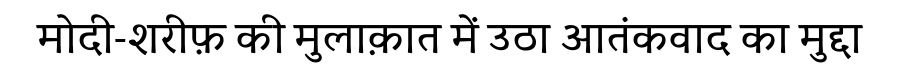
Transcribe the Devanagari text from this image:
मोदी-शरीफ़ की मुलाक़ात में उठा आतंकवाद का मुद्दा